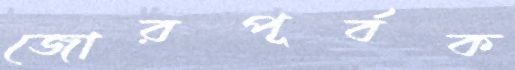
জোরপূর্বক